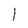
Character: 1